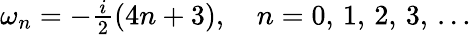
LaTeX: \begin{array}{r}{\omega_{n}=-\frac{i}{2}\left(4n+3\right),\quad n=0,\, 1,\, 2,\, 3,\, \dots}\end{array}